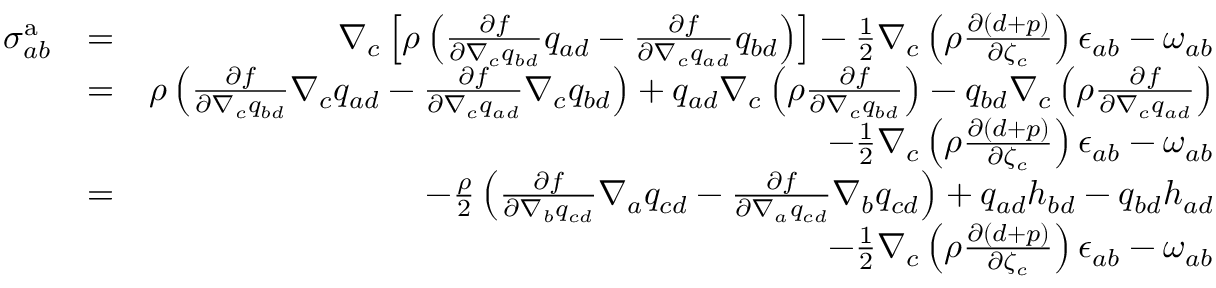
\begin{array} { r l r } { { \sigma } _ { a b } ^ { \mathrm { a } } } & { = } & { \nabla _ { c } \left[ \rho \left( \frac { \partial f } { \partial \nabla _ { c } q _ { b d } } q _ { a d } - \frac { \partial f } { \partial \nabla _ { c } q _ { a d } } q _ { b d } \right) \right] - \frac { 1 } { 2 } \nabla _ { c } \left( \rho \frac { \partial ( d + p ) } { \partial \zeta _ { c } } \right) \epsilon _ { a b } - \omega _ { a b } } \\ & { = } & { \rho \left( \frac { \partial f } { \partial \nabla _ { c } q _ { b d } } \nabla _ { c } q _ { a d } - \frac { \partial f } { \partial \nabla _ { c } q _ { a d } } \nabla _ { c } q _ { b d } \right) + q _ { a d } \nabla _ { c } \left( \rho \frac { \partial f } { \partial \nabla _ { c } q _ { b d } } \right) - q _ { b d } \nabla _ { c } \left( \rho \frac { \partial f } { \partial \nabla _ { c } q _ { a d } } \right) } \\ & { } & { - \frac { 1 } { 2 } \nabla _ { c } \left( \rho \frac { \partial ( d + p ) } { \partial \zeta _ { c } } \right) \epsilon _ { a b } - \omega _ { a b } } \\ & { = } & { - \frac { \rho } { 2 } \left( \frac { \partial f } { \partial \nabla _ { b } q _ { c d } } \nabla _ { a } q _ { c d } - \frac { \partial f } { \partial \nabla _ { a } q _ { c d } } \nabla _ { b } q _ { c d } \right) + q _ { a d } h _ { b d } - q _ { b d } h _ { a d } } \\ & { } & { - \frac { 1 } { 2 } \nabla _ { c } \left( \rho \frac { \partial ( d + p ) } { \partial \zeta _ { c } } \right) \epsilon _ { a b } - \omega _ { a b } } \end{array}